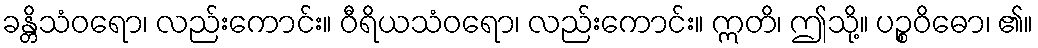
ခန္တိသံဝရော၊ လည်းကောင်း။ ဝီရိယသံဝရော၊ လည်းကောင်း။ ဣတိ၊ ဤသို့။ ပဉ္စဝိဓော၊ ၏။